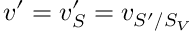
v ^ { \prime } = v _ { S } ^ { \prime } = v _ { S ^ { \prime } / S _ { V } }